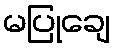
မပြုချေ